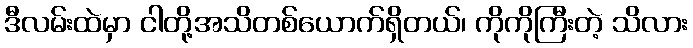
ဒီလမ်းထဲမှာ ငါတို့အသိတစ်ယောက်ရှိတယ်၊ ကိုကိုကြီးတဲ့ သိလား